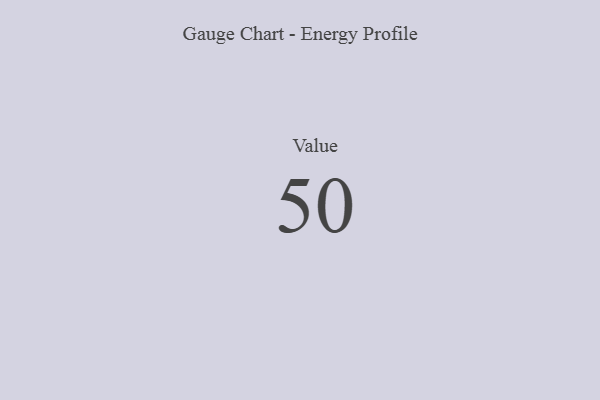
{"axis": {"x": "Metric", "y": "Value"}, "legend": [""], "data": [{"x": "Value", "y": 50, "type": ""}]}